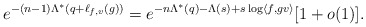
\begin{align*}e^{-(n-1) \Lambda^*(q + \ell_{f,v}(g))} = e^{-n \Lambda^*(q) - \Lambda(s) + s \log \langle f, gv \rangle} [1 + o(1)]. \end{align*}